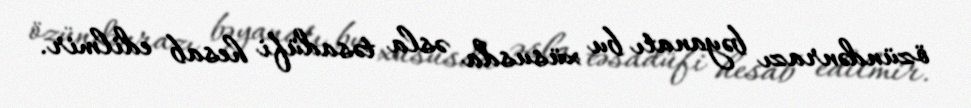
özündənrazı bəyanatı bu xüsusda əsla təsadüfi hesab edilmir.